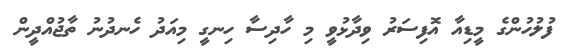
ފުލުހުންގެ މީޑިއާ އޮފިސަރު ވިދާޅުވީ މި ހާދިސާ ހިނގީ މިއަދު ހެނދުނު ތާޖުއްދީން